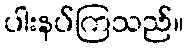
ပါးနပ်ကြသည်။